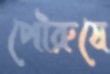
পৌরুষে